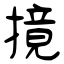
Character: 摬